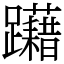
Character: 躤